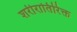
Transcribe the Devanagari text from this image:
शरीरातिरिक्त